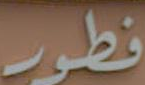
فطور